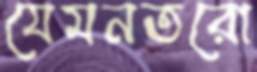
যেমনতরো